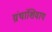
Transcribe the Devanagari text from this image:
ग्रंथांशिवाय